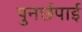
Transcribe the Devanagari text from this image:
पुनर्छपाई